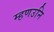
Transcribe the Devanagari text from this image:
म्हणउनि